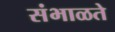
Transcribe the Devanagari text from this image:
संभाळते